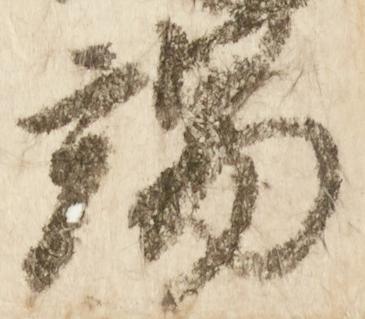
端